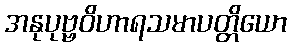
အနုပုဗ္ဗဝိဟာရသမာပတ္တိယော